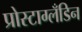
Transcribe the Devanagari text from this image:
प्रोस्टाग्लँडिन